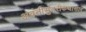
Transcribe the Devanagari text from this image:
अवंतीसुंदरीकथासार